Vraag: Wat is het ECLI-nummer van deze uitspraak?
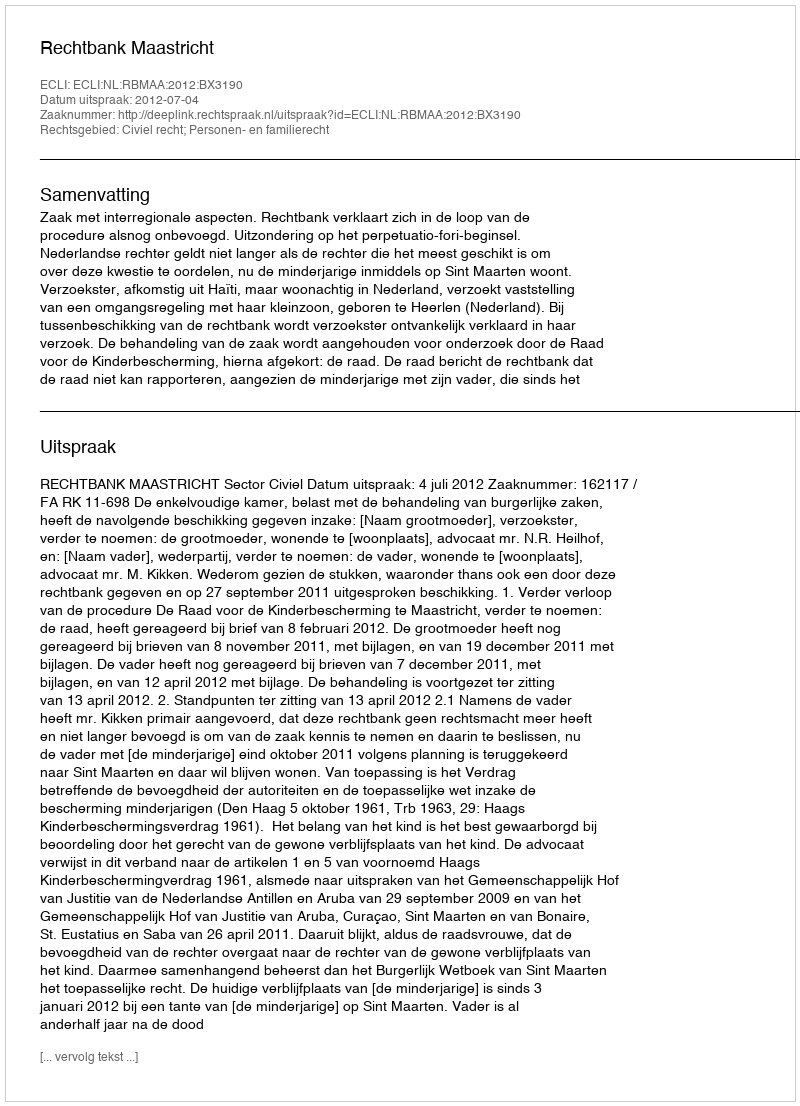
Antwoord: ECLI:NL:RBMAA:2012:BX3190